Civil Veterinary Department. Central Provinces & Berar 1932-41 - 1932-1941
Year: 1932
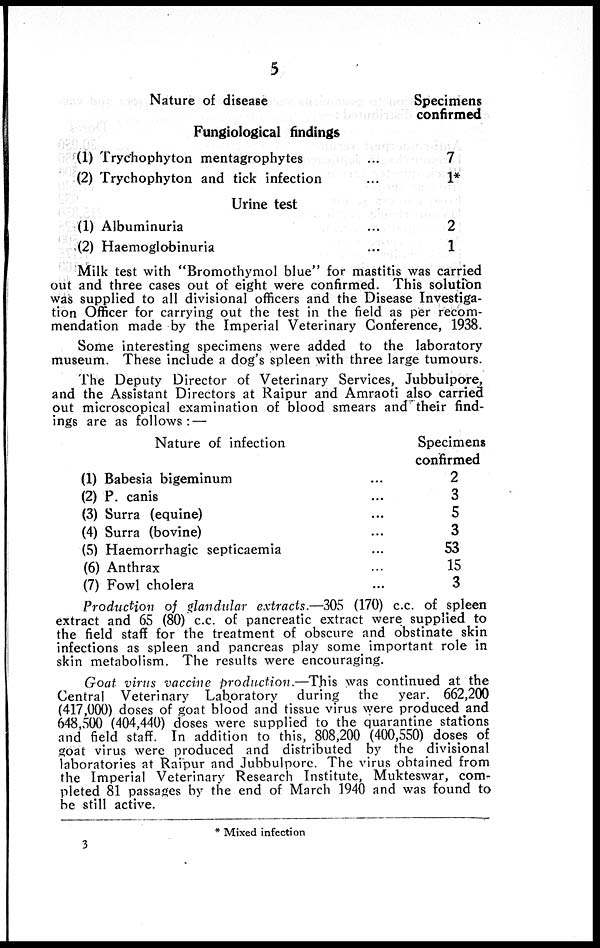
5
Nature of disease
Fungiological findings
(1) Trychophyton mentagrophytes...
(2) Trychophyton and tick infection
Urine test
(1) Albuminuria
(2) Haemoglobinuria
Specimens
confirmed
7
1*
2
1
Milk test with "Bromothymol blue" for mastitis was carried
out and three cases out of eight were confirmed. This solution
was supplied to all divisional officers and the Disease Investiga-
tion Officer for carrying out the test in the field as per recom-
mendation made by the Imperial Veterinary Conference, 1938.
Some interesting specimens were added to the laboratory
museum. These include a dog's spleen with three large tumours.
The Deputy Director of Veterinary Services, Jubbulpore,
and the Assistant Directors at Raipur and Amraoti also carried
out microscopical examination of blood smears and their find-
ings are as follows: —
Nature of infection
(1) Babesia bigeminum
(2) P. canis
(3) Surra (equine)
(4) Surra (bovine)
(5) Haemorrhagic septicaemia
(6) Anthrax
(7) Fowl cholera
Specimens
confirmed
2
3
5
3
53
15
3
Production of glandular extracts.—305 (170) c.c. of spleen
extract and 65 (80) c.c. of pancreatic extract were supplied to
the field staff for the treatment of obscure and obstinate skin
infections as spleen and pancreas play some important role in
skin metabolism. The results were encouraging.
Goat virus vaccine production.—This
was continued at the
Central Veterinary Laboratory
during
the year. 662,200
(417,000) doses of goat blood and tissue virus were produced and
648,500 (404,440) doses were supplied to the quarantine stations
and field staff. In addition to this, 808,200 (400,550) doses of
goat virus were produced and distributed by the divisional
laboratories at Raipur and Jubbulpore. The virus obtained from
the Imperial Veterinary Research Institute, Mukteswar, com-
pleted 81 passages by the end of March 1940 and was found to
be still active.
* Mixed infection
3